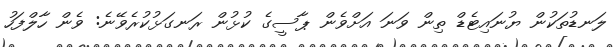
ލަނޑުތަކުން ޔުނައިޓެޑް ތިން ވަނަ އަށްވެން ޕާސީގެ ކުޅުން ރަނގަޅުކުރެވޭނެ: ވެން ހާލްފަހު